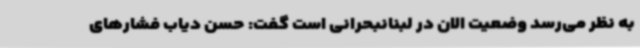
به نظر می‌رسد وضعیت الان در لبنانبحرانی است گفت: حسن دیاب فشارهای